Vaccination in Bombay 1889-1901 - 1889-1901
Year: 1889
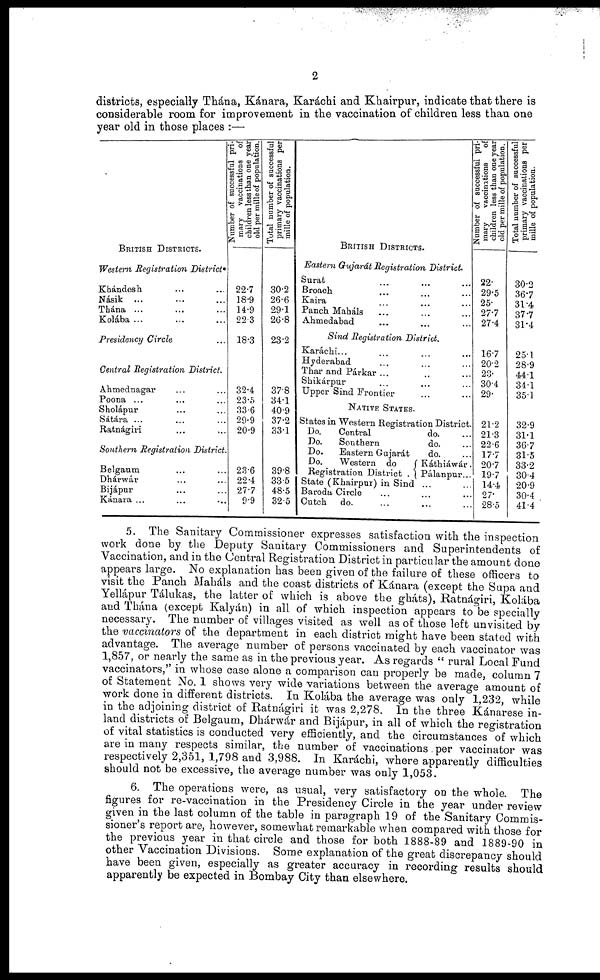
2
districts, especially Thána, Kánara, Karáchi and Khairpur, indicate that there is
considerable room for improvement in the vaccination of children less than one
year old in those places :—
BRITISH DISTRICTS.
Western Registration District
Khándesh ... ...
Násik ... ... ...
Thána ... ... ...
Kolába ... ... ...
Presidency Circle ...
Central Registration District.
Ahmednagar ... ...
Poona ... ... ...
Sholápur ... ...
Sátára ... ... ...
Ratnágiri ... ...
Southern Registration District
Belgaum ... ...
Dhárwár ... ...
Bijápur ... ...
Kánara ... ... ...
Number of successful pri-
mary vaccinations of
children less than one year
old per mille of population.
22.7
18.9
14.9
22.3
18.3
32.4
23.5
33.6
29.9
20.9
23.6
22.4
27.7
9.9
Total number of successful
primary vaccinations per
mille of population.
30.2
26.6
29.1
26.8
23.2
37.8
34.1
40.9
37.2
33.1
39.8
33.5
48.5
32.5
BRITISH DISTRICTS.
Eastern Gujarát Registration District.
Surat ... ... ...
Broach ... ... ...
Kaira ... ... ...
Panch Maháls ... ... ...
Ahmedabad ... ... ...
Sind Registration District.
Karáchi... ... ...
Hyderabad ... ... ...
Thar and Párkar ... ... ...
Shikárpur ... ... ...
Upper Sind Frontier ...
NATIVE STATES.
States in Western Registration District.
Do.
Central
do.
Do.
Southern
do.
Do.
Eastern Gujarát
do. ...
Do.
Western do
Registration District .
Káthiáwár.
Pálanpur...
State (Khairpur) in Sind ... ...
Baroda Circle ... ... ...
Cutch
do. ... ... ...
Number of successful pri-
mary
vaccinations
of
children less than one year
old per mille of population.
22.
29.5
25.
27.7
27.4
16.7
20.2
23.
30.4
29.
21.2
21.3
22.6
17.7
20.7
19.7
14.4
27.
28.5
Total number of successful
primary vaccinations per
mille of population.
30.2
36.7
31.4
37.7
31.4
25.1
28.9
44.1
34.1
35.1
32.9
31.1
36.7
31.5
33.2
30.4
20.9
30.4
41.4
5. The Sanitary Commissioner expresses satisfaction with the inspection
work done by the Deputy Sanitary Commissioners and Superintendents of
Vaccination, and in the Central Registration District in particular the amount done
appears large. No explanation has been given of the failure of these officers to
visit the Panch Maháls and the coast districts of Kánara (except the Supa and
Yellápur Tálukas, the latter of which is above the gháts), Ratnágiri, Kolába
and Thána (except Kalyán) in all of which inspection appears to be specially
necessary. The number of villages visited as well as of those left unvisited by
the vaccinators of the department in each district might have been stated with
advantage. The average number of persons vaccinated by each vaccinator was
1,857, or nearly the same as in the previous year. As regards " rural Local Fund
vaccinators," in whose case alone a comparison can properly be made, column 7
of Statement No. 1 shows very wide variations between the average amount of
work done in different districts. In Kolába the average was only 1,232, while
in the adjoining district of Ratnágiri it was 2,278. In the three Kánarese in-
land districts of Belgaum, Dhárwár and Bijápur, in all of which the registration
of vital statistics is conducted very efficiently, and the circumstances of which
are in many respects similar, the number of vaccinations. per vaccinator was
respectively 2,351, 1,798 and 3,988. In Karáchi, where apparently difficulties
should not be excessive, the average number was only 1,053.
6. The operations were, as usual, very satisfactory on the whole. The
figures for re-vaccination in the Presidency Circle in the year under review
given in the last column of the table in paragraph 19 of the Sanitary Commis-
sioner's report are, however, somewhat remarkable when compared with those for
the previous year in that circle and those for both 1888-89 and 1889-90 in
other Vaccination Divisions. Some explanation of the great discrepancy should
have been given, especially as greater accuracy in recording results should
apparently be expected in Bombay City than elsewhere.